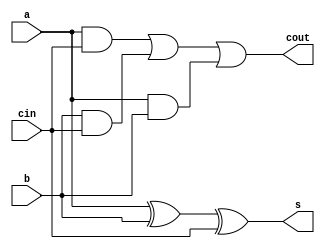
`timescale 1ns / 1ps
//////////////////////////////////////////////////////////////////////////////////
// Company: 
// Engineer: 
// 
// Design Name: 
// Module Name:    half_adder 
// Project Name: 
// Target Devices: 
// Tool versions: 
// Description: 
//
// Dependencies: 
//
// Revision: 
// Revision 0.01 - File Created
// Additional Comments: 
//
//////////////////////////////////////////////////////////////////////////////////
module half_adder(
    input a,
    input b,
	 input cin,
    output s,
    output cout
    );

	assign s = a ^ b ^ cin;
	assign cout = (a & cin) | (b & cin) | (a & b);
endmodule